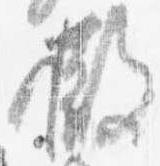
撤